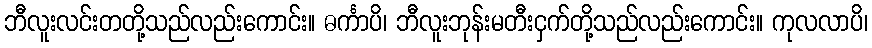
ဘီလူးလင်းတတို့သည်လည်းကောင်း။ ဓင်္ကာပိ၊ ဘီလူးဘုန်းမတီးငှက်တို့သည်လည်းကောင်း။ ကုလလာပိ၊